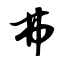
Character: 弗